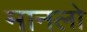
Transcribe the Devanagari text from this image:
मानलो